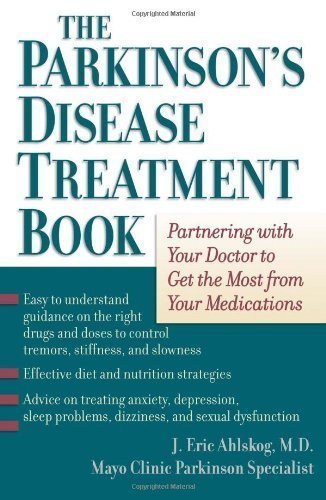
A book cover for The Parkinson's Disease Treatment Book: Partnering with Your Doctor to Get the Most from Your Medications 1st (first) Edition by Ahlskog, J. Eric published by Oxford University Press, USA (2005); Health, Fitness & Dieting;